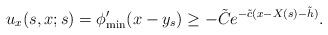
LaTeX: \begin{align*}u_{x}(s,x;s)=\phi_{\min}'(x-y_{s})\geq-\tilde{C}e^{-\tilde{c}(x-X(s)-\tilde{h})}.\end{align*}